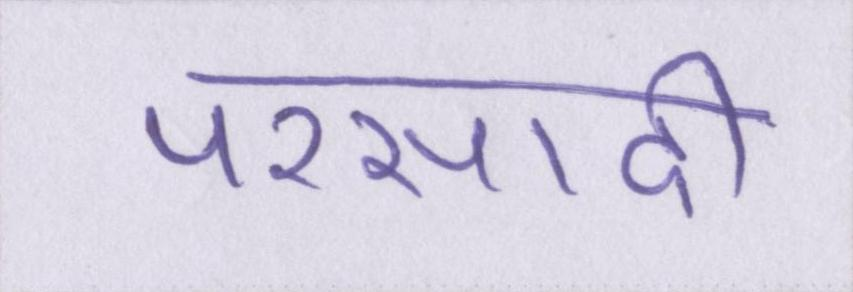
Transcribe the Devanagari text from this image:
परसादी